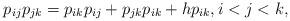
LaTeX: \begin{gather*}p_{ij} p_{jk}=p_{ik} p_{ij} + p_{jk} p_{ik}+ h p_{ik}, i < j < k,\end{gather*}